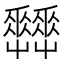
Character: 𡴬